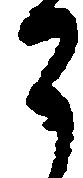
了